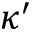
\kappa ^ { \prime }